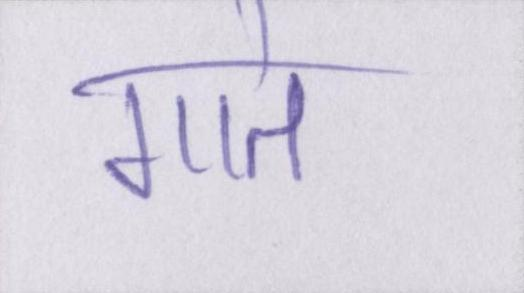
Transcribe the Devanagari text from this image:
गाते